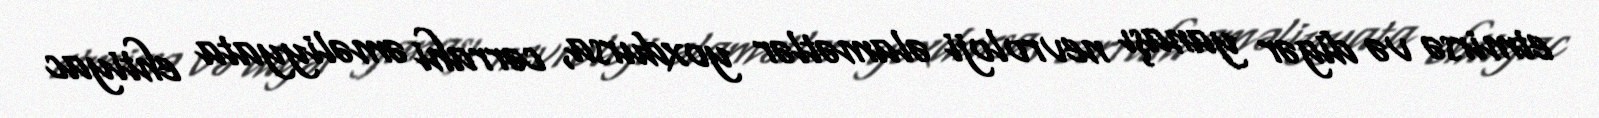
etmirsə və digər yanaşı nevroloji əlamətlər yoxdursa, cərrahi əməliyyata ehtiyac